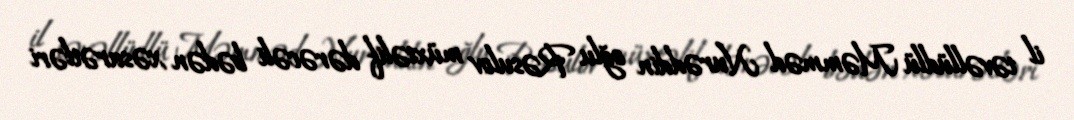
il təvəllüdlü Məmməd Nurəddin oğlu Rəsulov müxtəlif dərəcəli bədən xəsarətləri